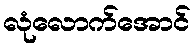
လုံလောက်အောင်